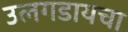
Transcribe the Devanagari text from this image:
उलगडायचा